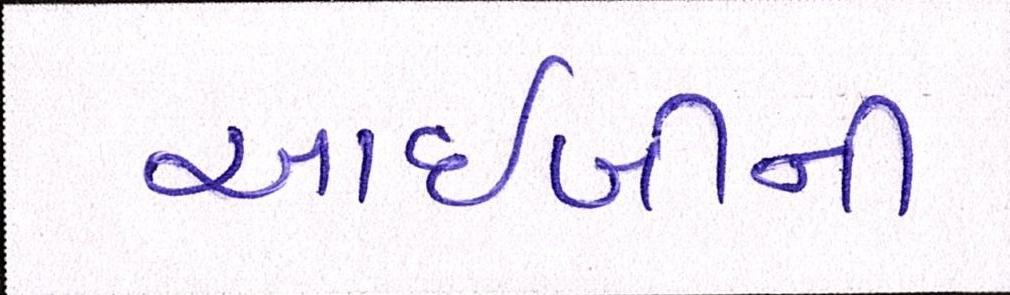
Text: આઈબીની